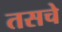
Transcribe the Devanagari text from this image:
तसचे